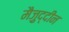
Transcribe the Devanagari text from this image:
मैज़ुद्दीन